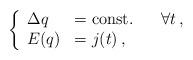
LaTeX: \begin{align*}\left\{ \begin{array}{ll}\Delta q & = \mbox{const.} \; \; \; \; \; \; \forall t \, , \\E(q) & = j(t) \, , \end{array}\right.\end{align*}